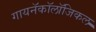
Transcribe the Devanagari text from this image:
गायनॅकॉलॉजिकल